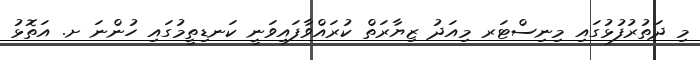
މި ދަތުރުފުޅުގައި މިނިސްޓަރ މިއަދު ޒިޔާރަތް ކުރައްވާފައިވަނީ ކަނޑިތީމުގައި ހުންނަ ށ. އަތޮޅު